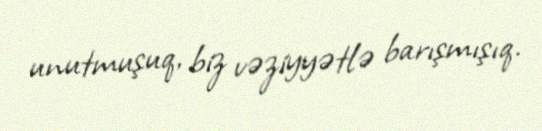
unutmuşuq, biz vəziyyətlə barışmışıq.